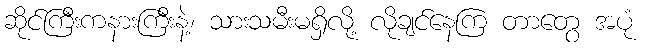
ဆိုင်ကြီးကနားကြီးနဲ့၊ သားသမီးမရှိလို့ လိုချင်နေကြ တာတွေ အပုံ